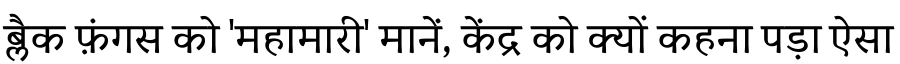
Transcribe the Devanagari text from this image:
ब्लैक फ़ंगस को 'महामारी' मानें, केंद्र को क्यों कहना पड़ा ऐसा